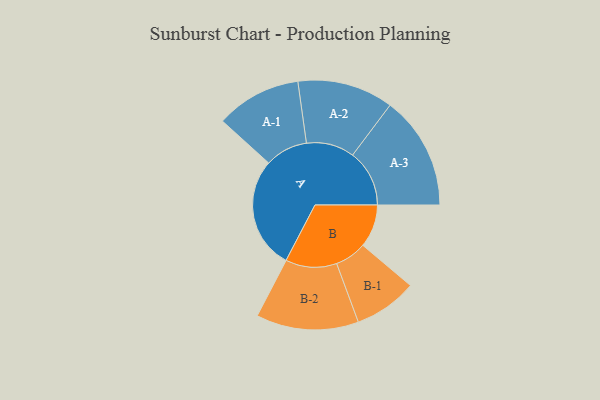
{"axis": {"x": "Segment", "y": "Value"}, "legend": ["", "A", "B"], "data": [{"x": "A", "y": 485, "type": ""}, {"x": "B", "y": 186, "type": ""}, {"x": "A-1", "y": 185, "type": "A"}, {"x": "A-2", "y": 208, "type": "A"}, {"x": "A-3", "y": 246, "type": "A"}, {"x": "B-1", "y": 137, "type": "B"}, {"x": "B-2", "y": 222, "type": "B"}]}